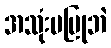
အသုံးမပြုဘဲ